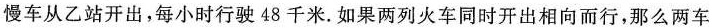
慢车从乙站开出，每小时行驶 48 千米。如果两列火车同时开出相向而行，那么两车